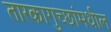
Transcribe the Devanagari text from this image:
तारकागुच्छांमधील